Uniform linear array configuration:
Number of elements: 32
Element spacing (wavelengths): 0.75
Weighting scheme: hamming
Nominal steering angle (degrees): -45
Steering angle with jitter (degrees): -44.167
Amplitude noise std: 0.05
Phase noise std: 0.05

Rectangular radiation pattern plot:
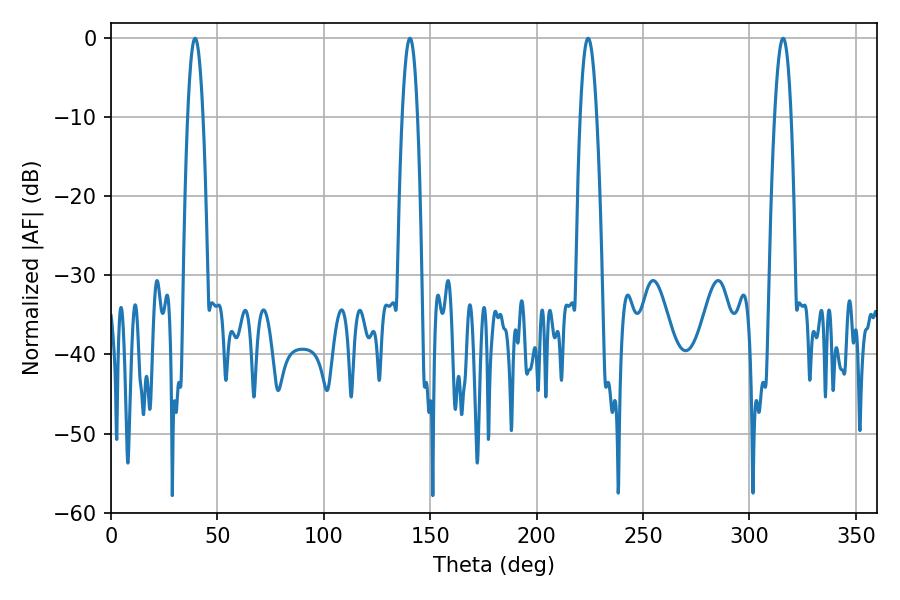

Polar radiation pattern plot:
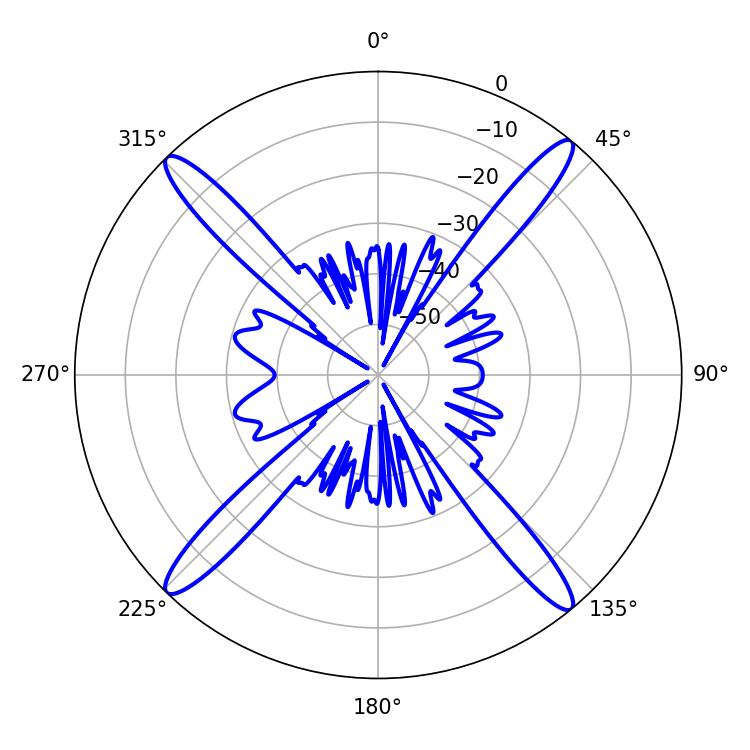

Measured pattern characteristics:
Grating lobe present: TRUE
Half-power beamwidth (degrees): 4.14
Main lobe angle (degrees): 315.9